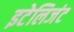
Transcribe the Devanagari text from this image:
इटेलिजंट